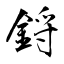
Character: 鋝